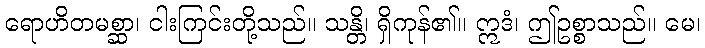
ရောဟိတမစ္ဆာ၊ ငါးကြင်းတို့သည်။ သန္တိ၊ ရှိကုန်၏။ ဣဒံ၊ ဤဥစ္စာသည်။ မေ၊